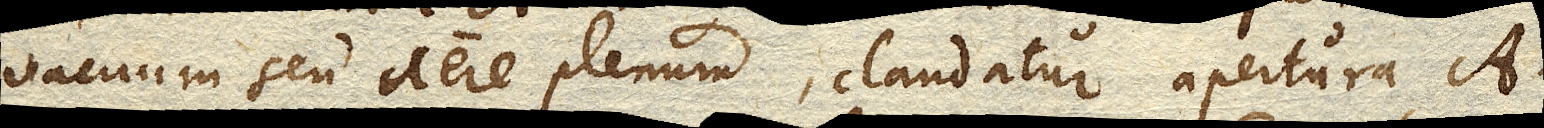
vacuum seu aere plenum, claudatur apertura A.